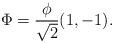
LaTeX: \begin{align*}\Phi = {\phi \over \sqrt{2}} (1, -1).\end{align*}